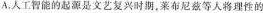
A.人工智能的起源是文艺复兴时期，莱布尼兹等人将理性的